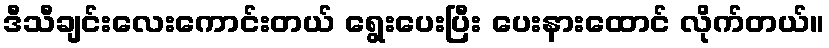
ဒီသီချင်းလေးကောင်းတယ် ရွေးပေးပြီး ပေးနားထောင် လိုက်တယ်။